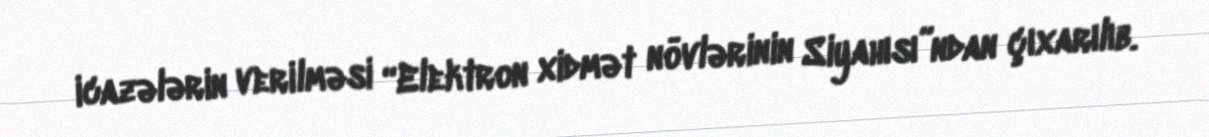
icazələrin verilməsi “Elektron xidmət növlərinin Siyahısı”ndan çıxarılıb.